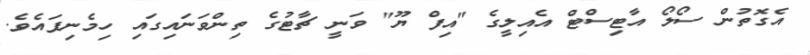
އެގޮތުން ސޯލޯ އާޓިސްޓް އެއިލީގެ "އިފް ޔޫ" ވަނީ ޗާޓުގެ ތިންވަނައިގައި ހިމެނިފައެވެ.